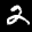
Label: 2